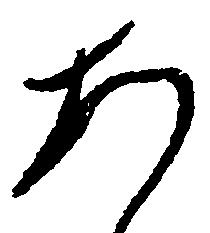
あ